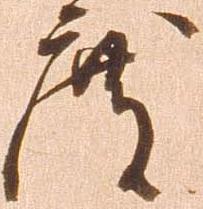
度